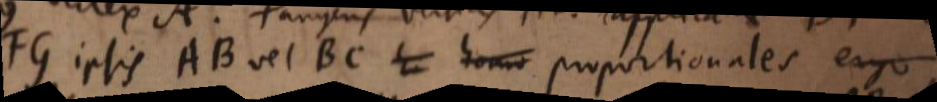
FG ipsis AB vel BC proportionales ergo